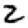
Digit: 2